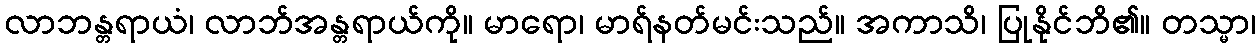
လာဘန္တရာယံ၊ လာဘ်အန္တရာယ်ကို။ မာရော၊ မာရ်နတ်မင်းသည်။ အကာသိ၊ ပြုနိုင်ဘိ၏။ တသ္မာ၊